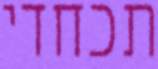
תכחדי